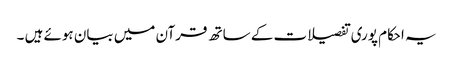
یہ احکام پوری تفصیلات کے ساتھ قرآن میں بیان ہوئے ہیں ۔